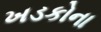
ખડકોના